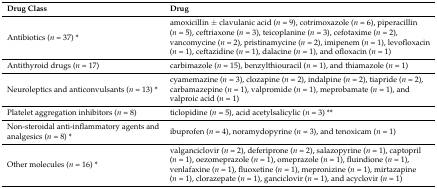
| Drug Class | Drug |
 | --- | --- |
 | Antibiotics (n = 37) * | amoxicillin ± clavulanic acid (n = 9), cotrimoxazole (n = 6), piperacillin (n = 5), ceftriaxone (n = 3), teicoplanine (n = 3), cefotaxime (n = 2), vancomycine (n = 2), pristinamycine (n = 2), imipenem (n = 1), levofloxacin (n = 1), ceftazidine (n = 1), dalacine (n = 1), and ofloxacin (n = 1) |
 | Antithyroid drugs (n = 17) | carbimazole (n = 15), benzylthiouracil (n = 1), and thiamazole (n = 1) |
 | Neuroleptics and anticonvulsants (n = 13) * | cyamemazine (n = 3), clozapine (n = 2), indalpine (n = 2), tiapride (n = 2), carbamazepine (n = 1), valpromide (n = 1), meprobamate (n = 1), and valproic acid (n = 1) |
 | Platelet aggregation inhibitors (n = 8) | ticlopidine (n = 5), acid acetylsalicylic (n = 3) ** |
 | Non-steroidal anti-inflammatory agents and analgesics (n = 8) * | ibuprofen (n = 4), noramydopyrine (n = 3), and tenoxicam (n = 1) |
 | Other molecules (n = 16) * | valganciclovir (n = 2), deferiprone (n = 2), salazopyrine (n = 1), captopril (n = 1), oezomeprazole (n = 1), omeprazole (n = 1), fluindione (n = 1), venlafaxine (n = 1), fluoxetine (n = 1), mepronizine (n = 1), mirtazapine (n = 1), clorazepate (n = 1), ganciclovir (n = 1), and acyclovir (n = 1) |